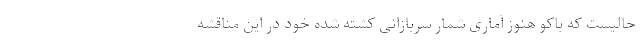
حالیست که باکو هنوز آماری شمار سربازانی کشته شده خود در این مناقشه